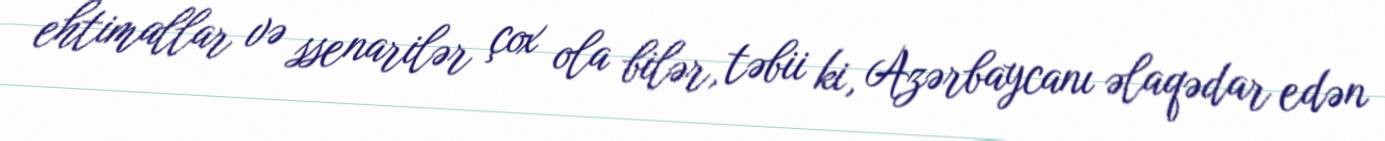
ehtimallar və ssenarilər çox ola bilər, təbii ki, Azərbaycanı əlaqədar edən